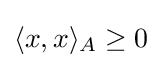
\langle x,x\rangle _{A}\geq 0